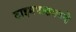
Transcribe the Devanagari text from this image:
टाइमपासमध्ये